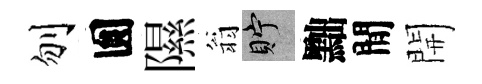
刎圎隰翁貯黜閒開